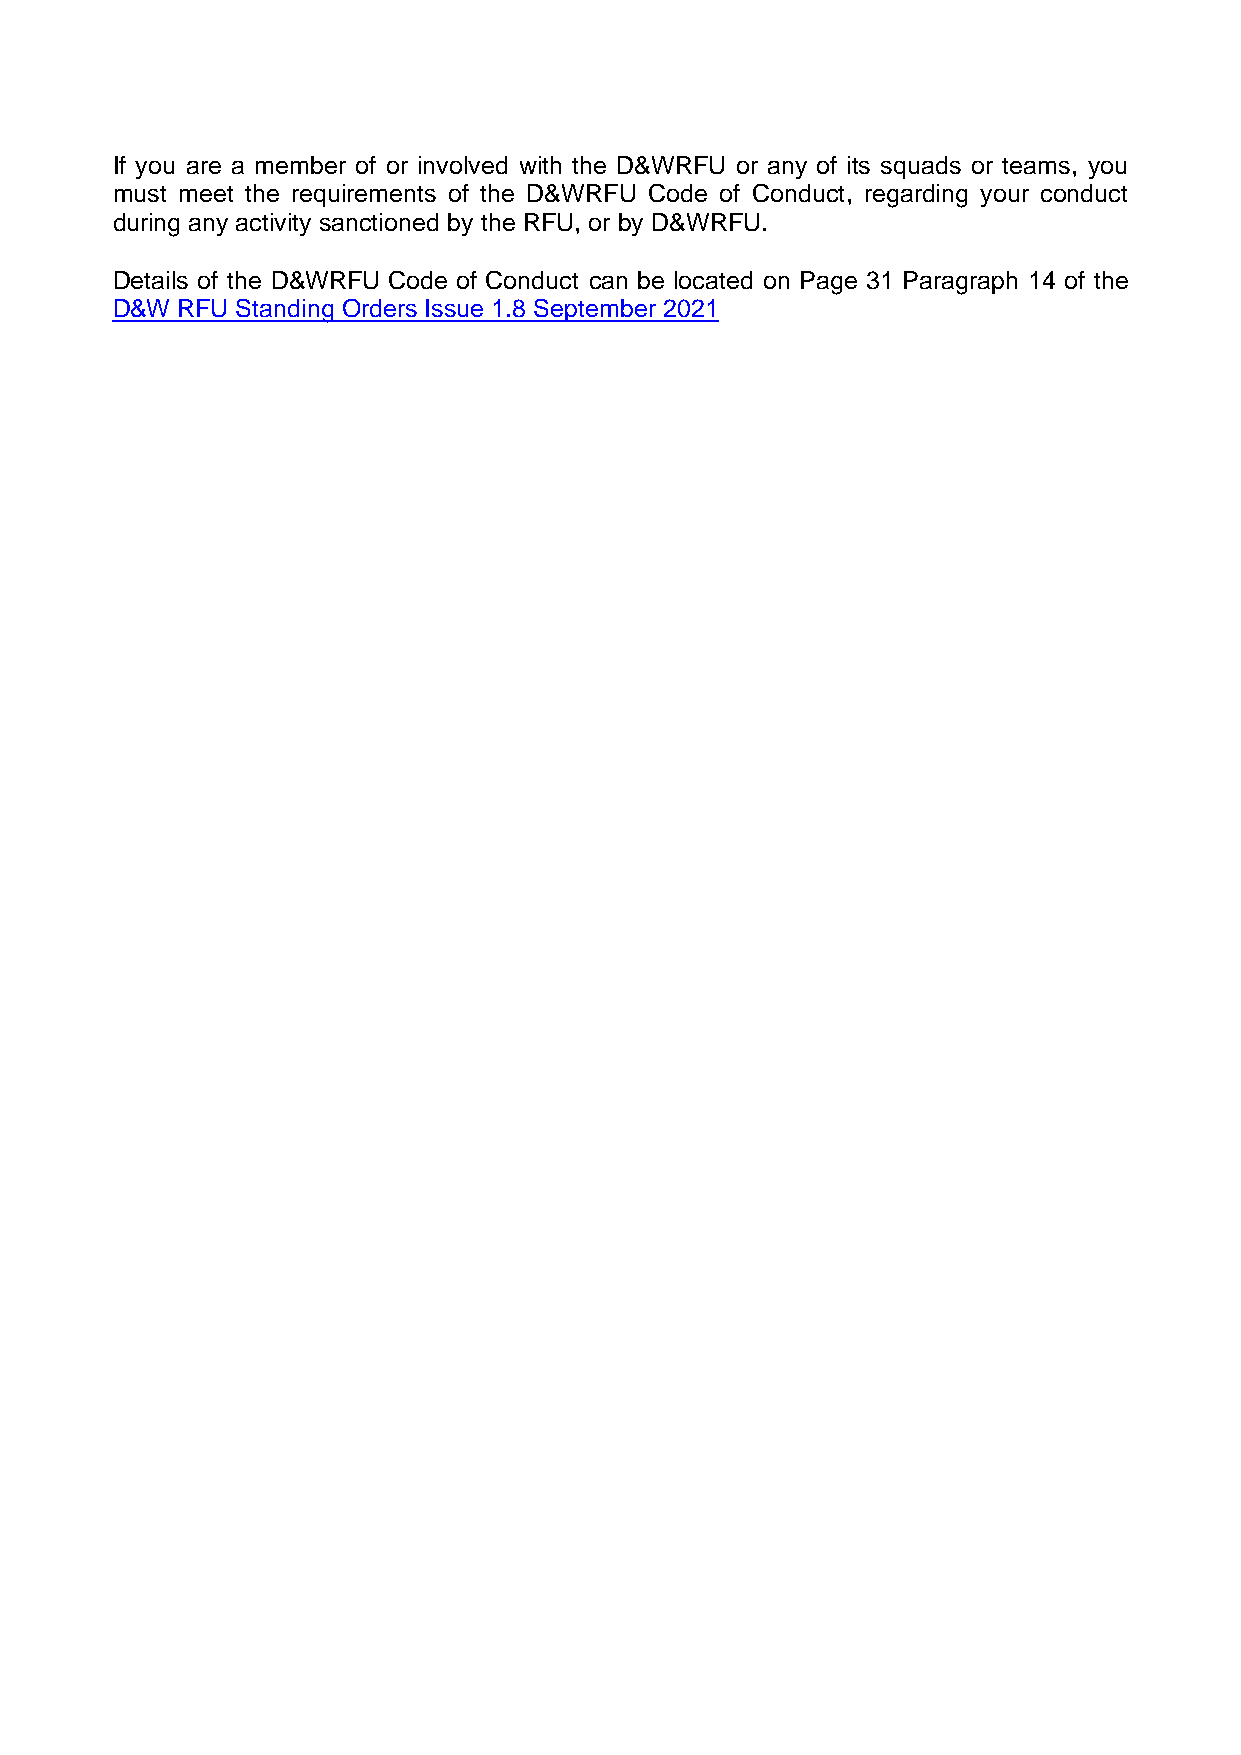
If you are a member of or involved with the D&WRFU or any of its squads or teams, you
 must meet the requirements of the D&WRFU Code of Conduct, regarding your conduct
 during any activity sanctioned by the RFU, or by D&WRFU.
 Details of the D&WRFU Code of Conduct can be located on Page 31 Paragraph 14 of the
 D&W  RFU Standing Orders Issue 1.8 September 2021